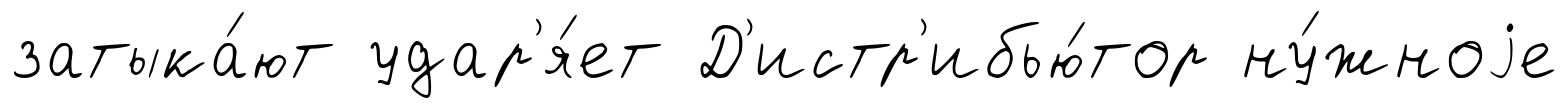
затыка́ют удар'я́ет Д'истр'ибью́тор ну́жноjе